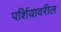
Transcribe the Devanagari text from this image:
पर्शियावरील